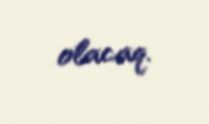
olacaq.